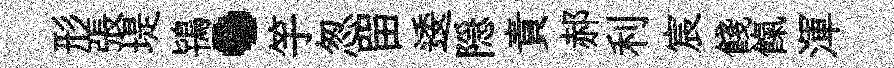
形張堤鴇·竽怱㽞逶隠責郝利宸餞餼渾